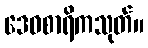
ဒေဝစာရိကသုတ်။